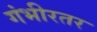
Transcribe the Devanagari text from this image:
गंभीरतर